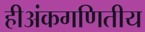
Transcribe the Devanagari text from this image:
हीअंकगणितीय